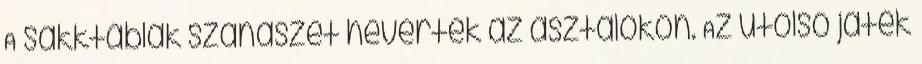
A sakktáblák szanaszét hevertek az asztalokon. Az utolsó játék